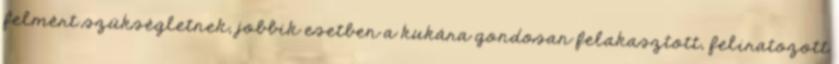
felmért szükségletnek, jobbik esetben a kukára gondosan felakasztott, feliratozott